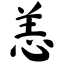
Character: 恙